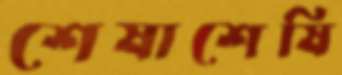
শেষাশেষি